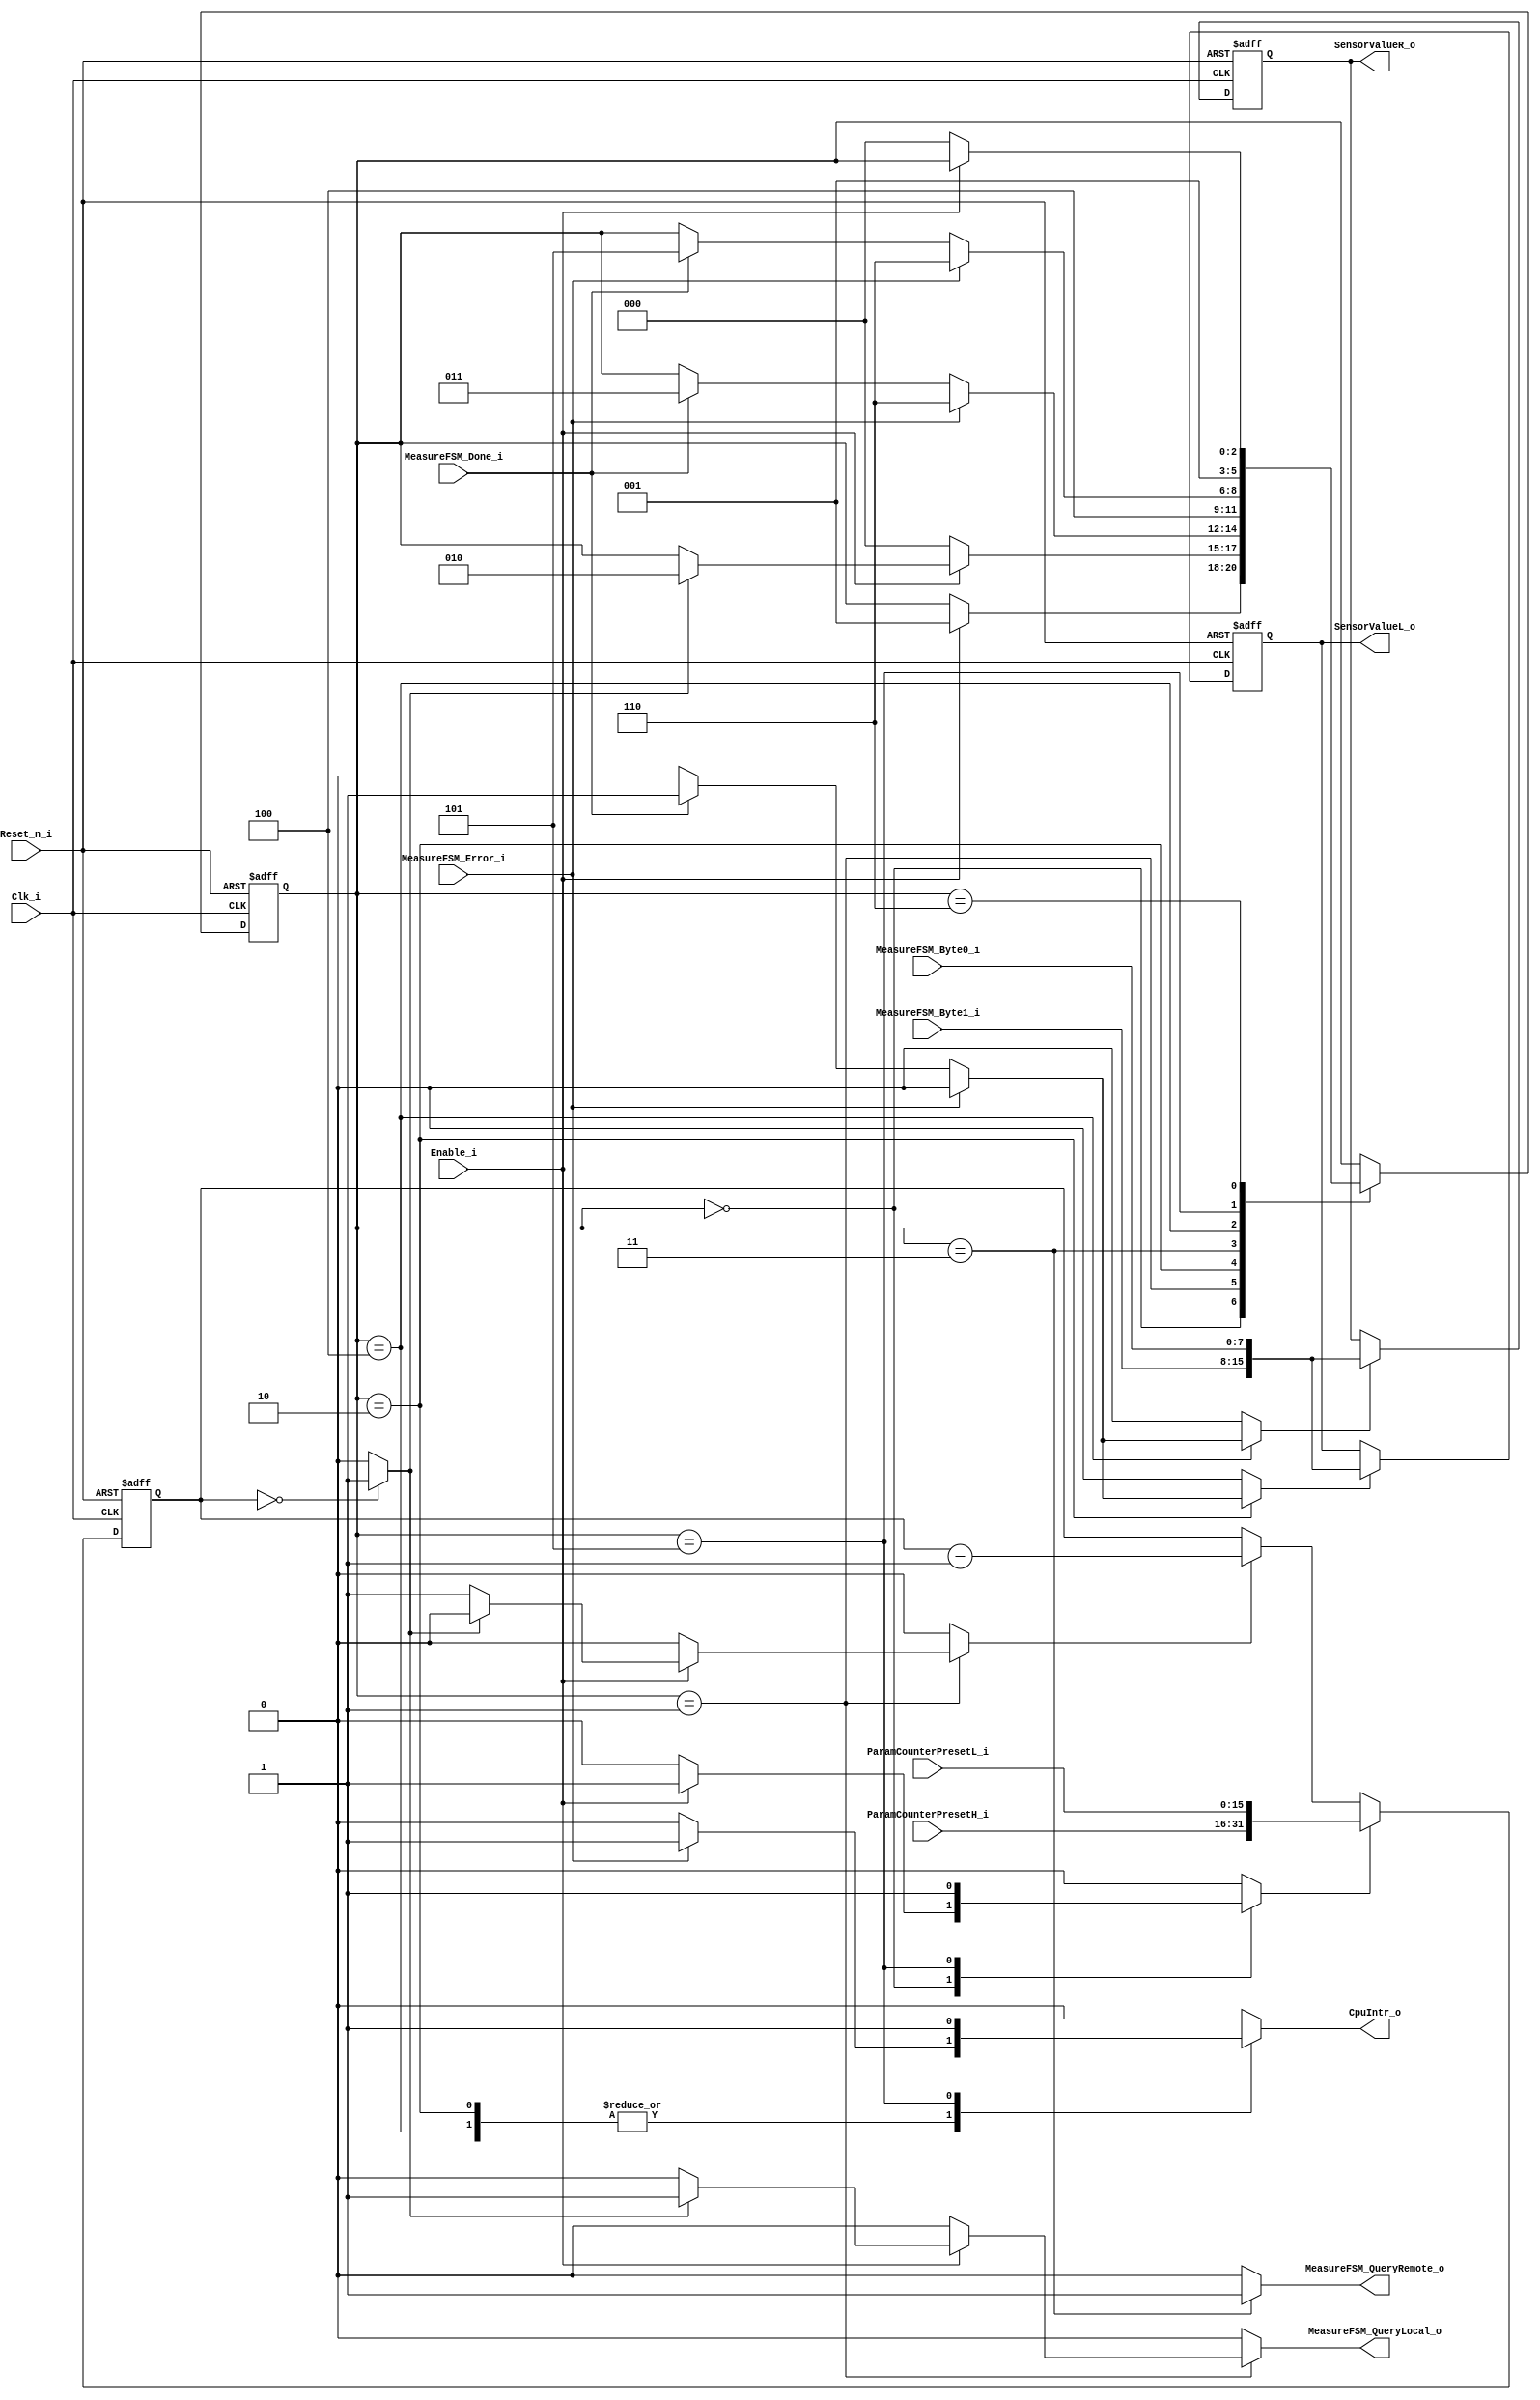
module SensorFSM #(
  parameter DataWidth = 8
) (
  input                        Reset_n_i,
  input                        Clk_i,
  // top level
  input                        Enable_i,
  output reg                   CpuIntr_o,
  output     [2*DataWidth-1:0] SensorValueL_o,
  output     [2*DataWidth-1:0] SensorValueR_o,
  // to/from Measure-FSM
  output reg                   MeasureFSM_QueryLocal_o,
  output reg                   MeasureFSM_QueryRemote_o,
  input                        MeasureFSM_Done_i,
  input                        MeasureFSM_Error_i,
  input     [DataWidth-1:0]    MeasureFSM_Byte0_i,
  input     [DataWidth-1:0]    MeasureFSM_Byte1_i,
  // parameters
  input [2*DataWidth-1:0]      ParamCounterPresetH_i,
  input [2*DataWidth-1:0]      ParamCounterPresetL_i
);

  // Sensor FSM
  localparam stDisabled    = 3'd0;
  localparam stIdle        = 3'd1;
  localparam stQueryLocal  = 3'd2;
  localparam stWait1       = 3'd3;
  localparam stQueryRemote = 3'd4;
  localparam stNotify      = 3'd5;
  localparam stError       = 3'd6;
  reg  [2:0]             SensorFSM_State;
  reg  [2:0]             SensorFSM_NextState;
  wire                   SensorFSM_TimerOvfl;
  reg                    SensorFSM_TimerPreset;
  reg                    SensorFSM_TimerEnable;
  reg                    SensorFSM_StoreLocal;
  reg                    SensorFSM_StoreRemote;
  /////////////////////////////////////////////////////////////////////////////
  // Word Arithmetic
  // interconnecting signals
  wire [2*DataWidth-1:0] SensorValue;
  reg  [2*DataWidth-1:0] WordL;
  reg  [2*DataWidth-1:0] WordR;

  /////////////////////////////////////////////////////////////////////////////
  // FSM //////////////////////////////////////////////////////////////////////
  /////////////////////////////////////////////////////////////////////////////

  always @(negedge Reset_n_i or posedge Clk_i)
  begin
    if (!Reset_n_i)
    begin
      SensorFSM_State <= stDisabled;
    end
    else
    begin
      SensorFSM_State <= SensorFSM_NextState;
    end  
  end

  always @(SensorFSM_State, Enable_i, SensorFSM_TimerOvfl, MeasureFSM_Done_i, MeasureFSM_Error_i)
  begin  // process SensorFSM_CombProc
    SensorFSM_NextState      = SensorFSM_State;
    // control signal default values
    SensorFSM_TimerPreset    = 1'b0;
    SensorFSM_TimerEnable    = 1'b0;
    MeasureFSM_QueryLocal_o  = 1'b0;
    MeasureFSM_QueryRemote_o = 1'b0;
    SensorFSM_StoreLocal     = 1'b0;
    SensorFSM_StoreRemote    = 1'b0;
    CpuIntr_o                = 1'b0;
    // next state and output logic
    case (SensorFSM_State)
      stDisabled: begin
        if (Enable_i == 1'b1)
        begin
          SensorFSM_NextState     = stIdle;
          SensorFSM_TimerPreset   = 1'b1;  // preset timer
          SensorFSM_TimerEnable   = 1'b0;
        end
      end
      stIdle: begin
        if (Enable_i == 1'b0)
        begin
          SensorFSM_NextState     = stDisabled;
        end
        else
        if (SensorFSM_TimerOvfl == 1'b1)
        begin
          SensorFSM_NextState     = stQueryLocal;
          MeasureFSM_QueryLocal_o = 1'b1;
        end
        else
        begin
          SensorFSM_TimerEnable   = 1'b1;  // timer running
        end
      end
      stQueryLocal: begin
        if (MeasureFSM_Error_i == 1'b1)
        begin
          // on I2C Error go to state "stError" and notify the CPU
          SensorFSM_NextState     = stError;
          CpuIntr_o               = 1'b1;  // notify CPU
        end
        else if (MeasureFSM_Done_i == 1'b1)
        begin
          SensorFSM_StoreLocal     = 1'b1;  // store new value
          SensorFSM_NextState      = stWait1;
        end
      end
      stWait1: begin
        // I2CFSM needs at least 1 cycle in between to go from stPause to stIdle
        MeasureFSM_QueryRemote_o = 1'b1;
        SensorFSM_NextState      = stQueryRemote;
      end
      stQueryRemote: begin
        if (MeasureFSM_Error_i == 1'b1)
        begin
          // on I2C Error go to state "stError" and notify the CPU
          SensorFSM_NextState     = stError;
          CpuIntr_o               = 1'b1;  // notify CPU
        end
        else if (MeasureFSM_Done_i == 1'b1)
        begin
          SensorFSM_StoreRemote   = 1'b1;  // store new value
          SensorFSM_NextState     = stNotify;
        end
      end
      stNotify: begin
        SensorFSM_TimerPreset   = 1'b1;  // preset timer
        CpuIntr_o               = 1'b1;  // notify CPU
        SensorFSM_NextState     = stIdle;
      end
      stError: begin
        // stay in this error state until the FSM is disabled
        if (Enable_i == 1'b0)
        begin
          SensorFSM_NextState     = stDisabled;
        end
      end
      default: begin
      end
    endcase
  end 

  /////////////////////////////////////////////////////////////////////////////
  // Word Arithmetic //////////////////////////////////////////////////////////
  /////////////////////////////////////////////////////////////////////////////

  reg [31:0] SensorFSM_Timer;
  
  always @(negedge Reset_n_i or posedge Clk_i)
  begin
    if (!Reset_n_i)
    begin
      SensorFSM_Timer <= 32'd0;
    end
    else
    begin
      if (SensorFSM_TimerPreset)
      begin
        SensorFSM_Timer <= {ParamCounterPresetH_i, ParamCounterPresetL_i};
      end
      else if (SensorFSM_TimerEnable)
      begin
        SensorFSM_Timer <= SensorFSM_Timer - 1'b1;
      end
    end  
  end

  assign SensorFSM_TimerOvfl = (SensorFSM_Timer == 0) ? 1'b1 : 1'b0;

  assign SensorValue = {MeasureFSM_Byte1_i, MeasureFSM_Byte0_i};

  always @(negedge Reset_n_i or posedge Clk_i)
  begin
    if (!Reset_n_i)
    begin
      WordL <= 16'd0;
      WordR <= 16'd0;
    end
    else
    begin
      if (SensorFSM_StoreLocal)
      begin
        WordL <= SensorValue;
      end
      if (SensorFSM_StoreRemote)
      begin
        WordR <= SensorValue;
      end
    end  
  end

  assign SensorValueL_o = WordL;
  assign SensorValueR_o = WordR;

endmodule